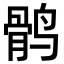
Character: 鹘